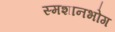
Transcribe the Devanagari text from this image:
स्मशानभोग